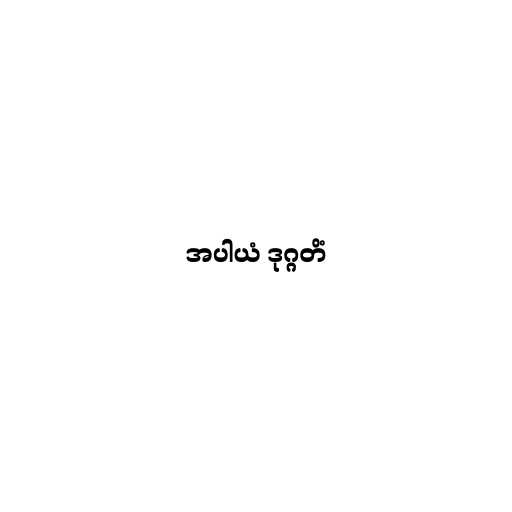
အပါယံ ဒုဂ္ဂတိံ